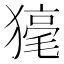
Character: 𤡇